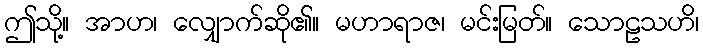
ဤသို့။ အာဟ၊ လျှောက်ဆို၏။ မဟာရာဇ၊ မင်းမြတ်။ သောဠသဟိ၊